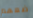
ضعهم